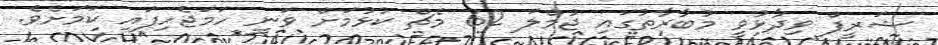
ޝަރީފް ވިދާޅުވީ މުބާރާތުގައި ޖުމްލަ 62 މެޗް ކުޅުމަށް ވަނީ ހަމަޖެހިފައި ކަމަށެވެ.